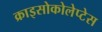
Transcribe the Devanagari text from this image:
क्राइसोकोलेप्टेस